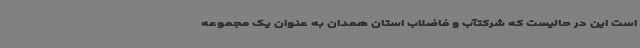
است این در حالیست که شرکتآب و فاضلاب استان همدان به عنوان یک مجموعه